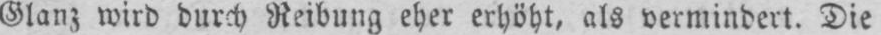
Glanz wird durch Reibung eher erhöht, als vermindert. Die